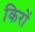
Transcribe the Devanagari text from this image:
किरों